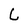
Character: L